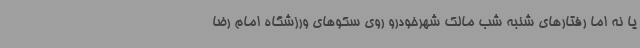
یا نه اما رفتارهای شنبه شب مالک شهرخودرو روی سکوهای ورزشگاه امام رضا